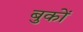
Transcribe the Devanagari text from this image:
बुकों